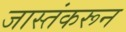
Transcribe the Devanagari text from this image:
जास्तंकरून